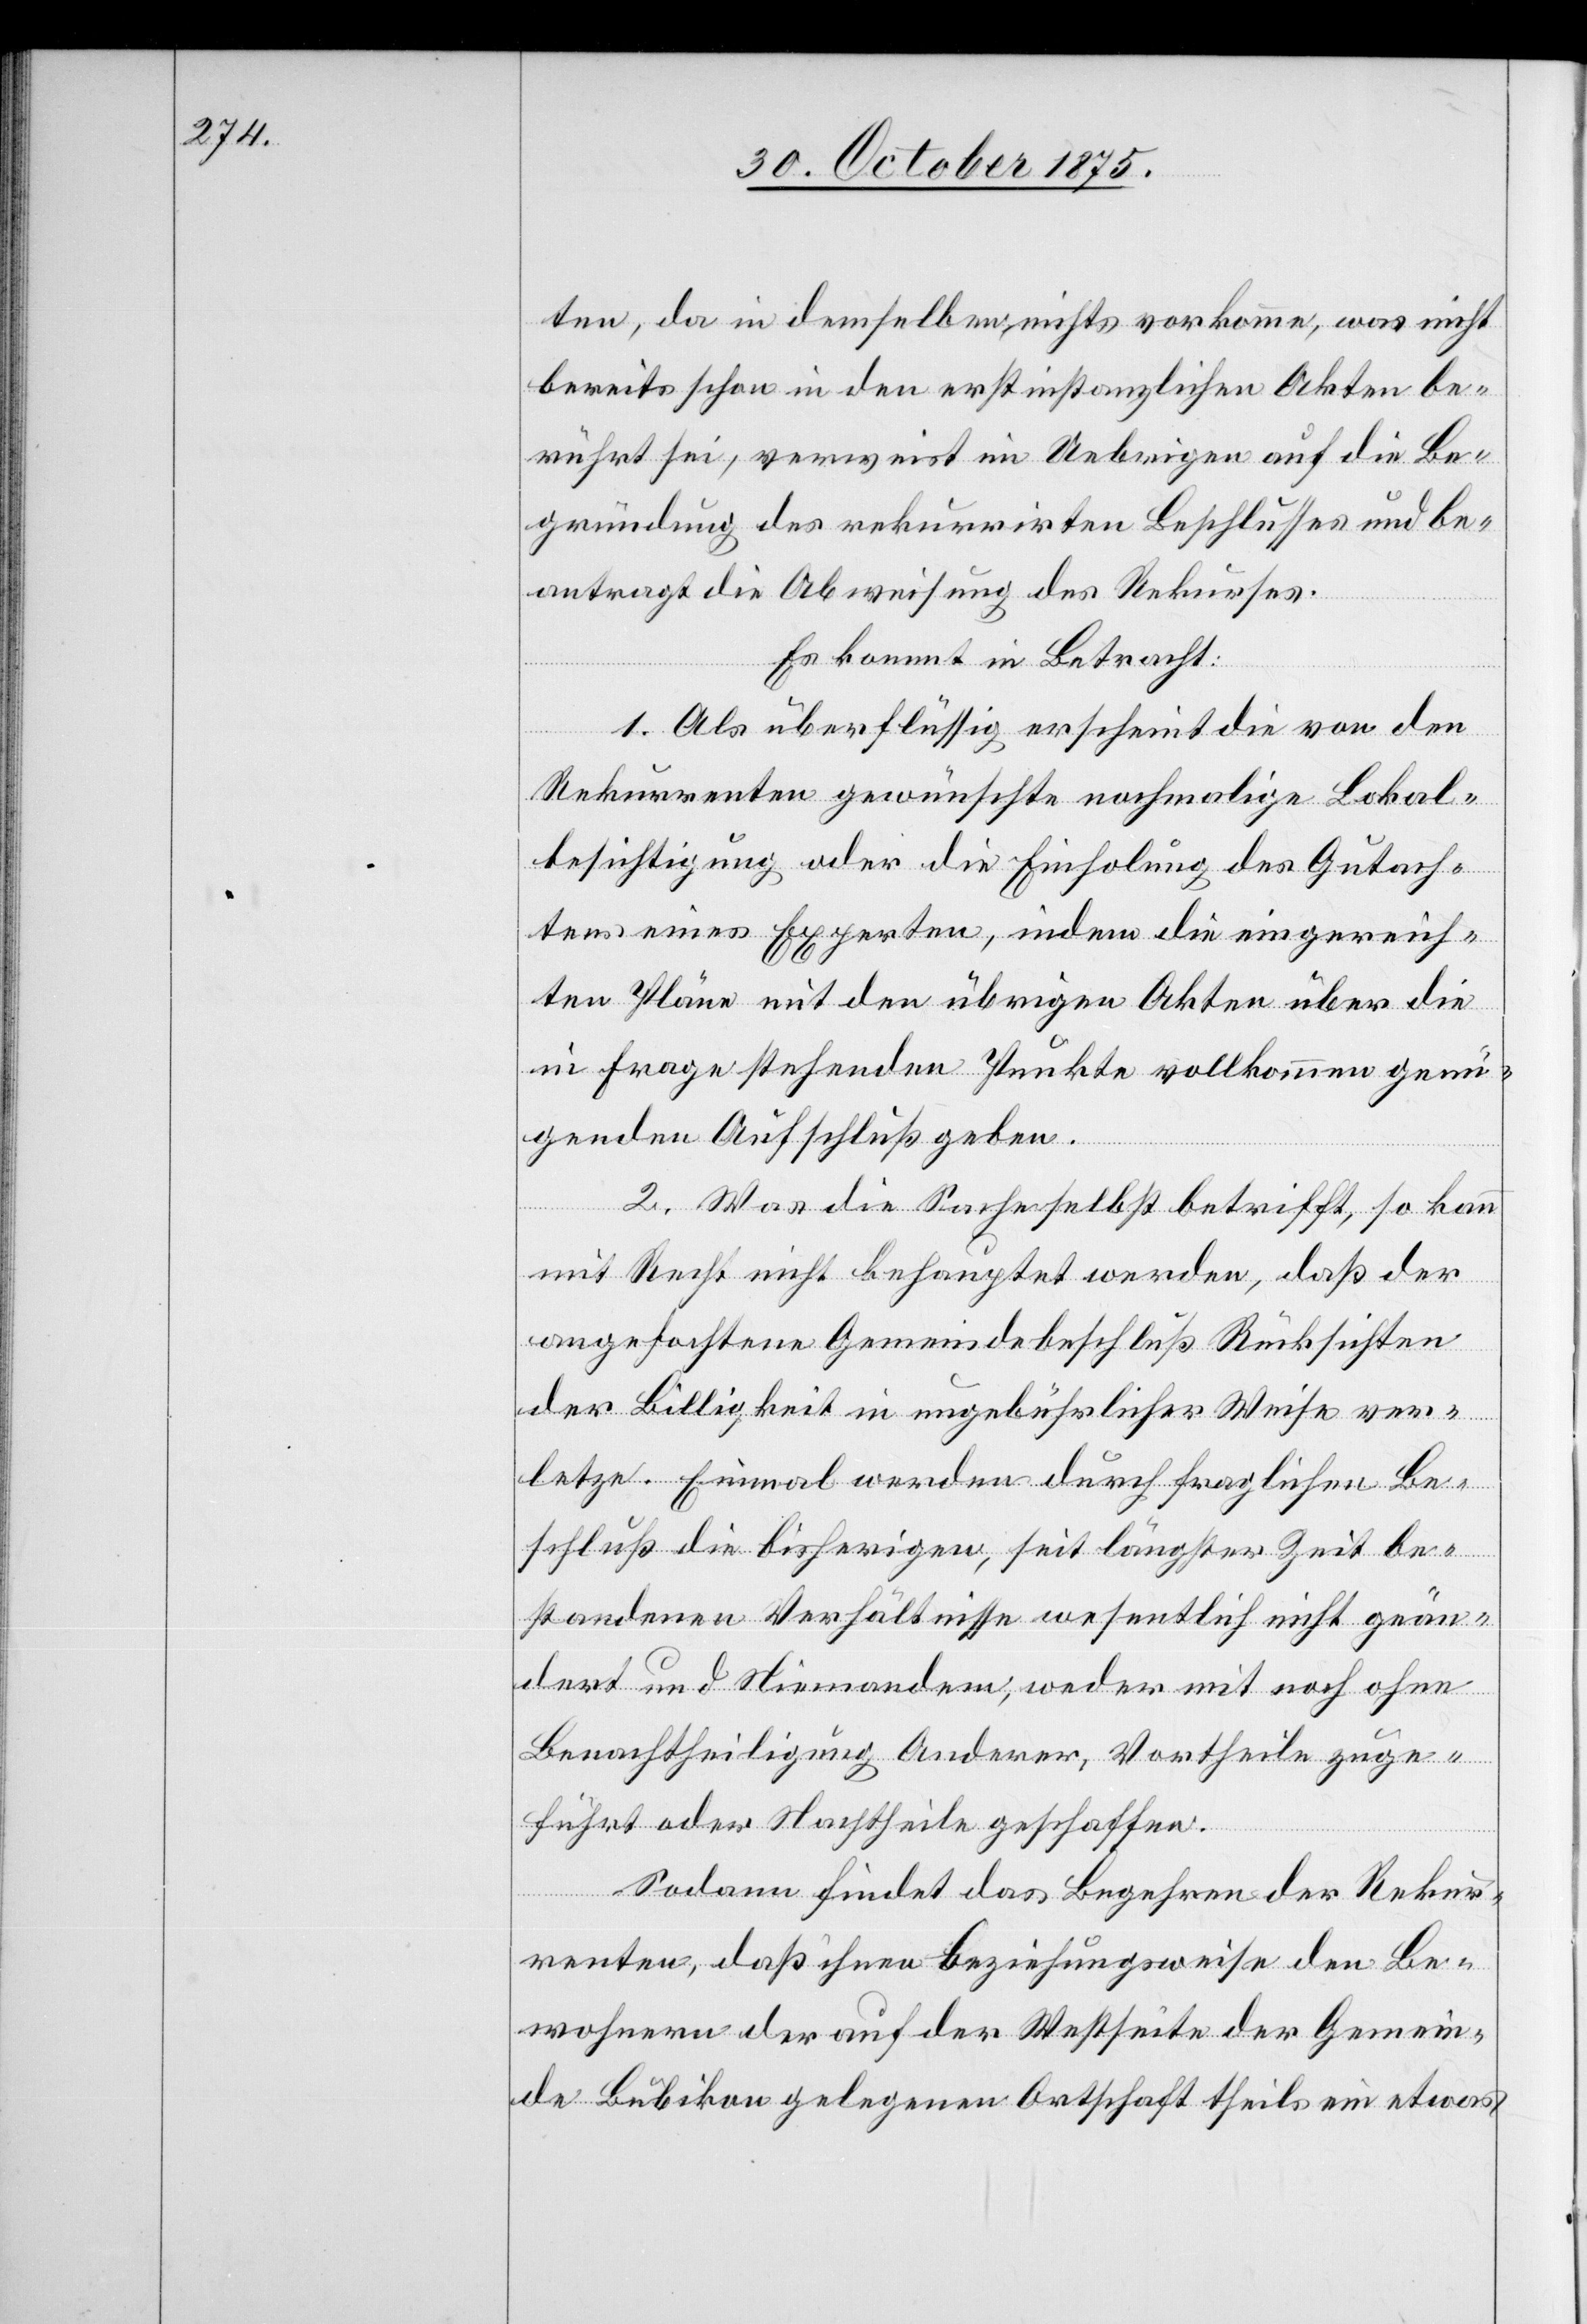
ten, da in demselben nichts vorkomme, was nicht
bereits schon in den erstinstanzlichen Akten be¬
rührt sei, verweist im Uebrigen auf die Be¬
gründung des rekurrirten Beschlusses und be¬
antragt die Abweisung des Rekurses.
Es kommt in Betracht:
1. Als überflüssig erscheint die von den
Rekurrenten gewünschte nochmalige Lokal¬
besichtigung oder die Einholung des Gutach¬
tens eines Experten, indem die eingereich¬
ten Pläne mit den übrigen Akten über die
in Frage stehenden Punkte vollkommen genü¬
genden Aufschluß geben.
2. Was die Sache selbst betrifft, so kann
mit Recht nicht behauptet werden, daß der
angefochtene Gemeindebeschluß Rücksichten
der Billigkeit in ungebührlicher Weise ver¬
letze. Einmal werden durch fraglichen Be¬
schluß die bisherigen, seit längster Zeit be¬
standenen Verhältnisse wesentlich nicht geän¬
dert und Niemandem, weder mit noch ohne
Benachtheiligung Anderer, Vortheile zuge¬
führt oder Nachtheile geschaffen.
Sodann findet das Begehren der Rekur¬
renten, daß ihnen beziehungsweise den Be¬
wohnern der auf der Westseite der Gemein¬
de Bubikon gelegenen Ortschaft theils ein etwas